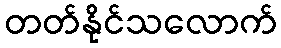
တတ်နိုင်သလောက်